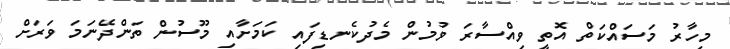
މިހާރު މަސައްކަތް އޮތީ ވިއްސާރަ ވުމުން މެދުކެނޑިފައި ކަމަށާއި މޫސުން ތަންދޭނަމަ ވަރަށް